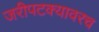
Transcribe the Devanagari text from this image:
जरीपटक्यावरच